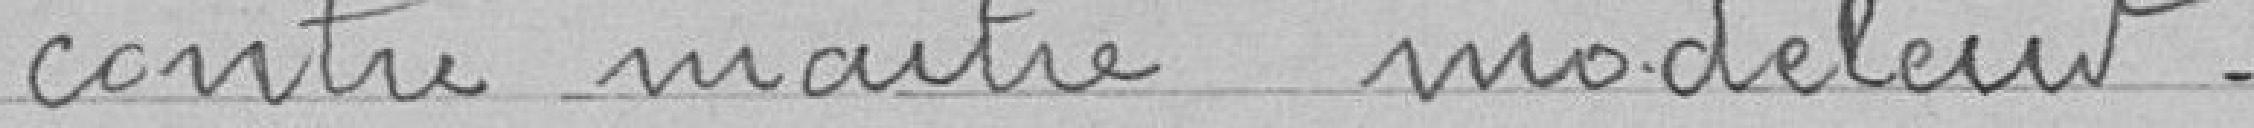
contremaître modeleur.